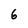
Character: 6